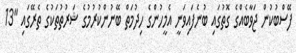
ފޭސްބުކުން ޖަވާބެއްގެ ގޮތުގައި ބުނެފައިވަނީ އެމީހުންގެ ހިދުމަތް ބޭނުންކުރުމުގެ ޝަރުތުތަކުގެ ތެރޭގައި "13